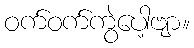
ဝက်ဝက်ကွဲပေါ့ဗျာ။